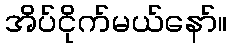
အိပ်ငိုက်မယ်နော်။